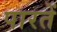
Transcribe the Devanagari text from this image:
पारतें